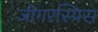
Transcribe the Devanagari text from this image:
जीगरस्प्रिस